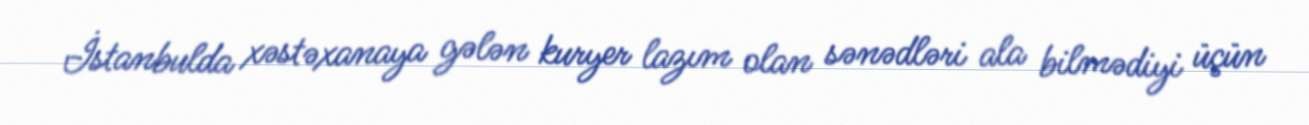
İstanbulda xəstəxanaya gələn kuryer lazım olan sənədləri ala bilmədiyi üçün